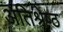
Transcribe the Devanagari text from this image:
अतिश्रेष्‍ठ